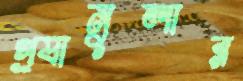
গ্র্যানুলার